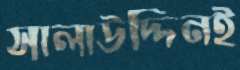
সালাউদ্দিনই